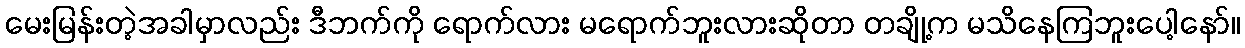
မေးမြန်းတဲ့အခါမှာလည်း ဒီဘက်ကို ရောက်လား မရောက်ဘူးလားဆိုတာ တချို့က မသိနေကြဘူးပေါ့နော်။